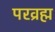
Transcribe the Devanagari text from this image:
परव्रह्म